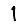
Digit: 1